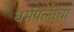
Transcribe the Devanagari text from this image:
धर्मपत्‍नीचा